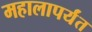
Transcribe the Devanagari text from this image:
महालापर्यंत